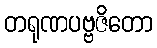
တရုဏပဗ္ဗဇိတော